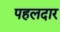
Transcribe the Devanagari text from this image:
पहलदार